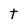
Character: t